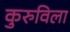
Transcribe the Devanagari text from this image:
कुरुविला